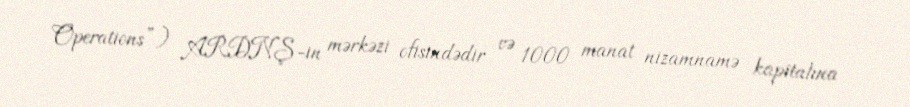
Operations”) ARDNŞ-in mərkəzi ofisindədir və 1000 manat nizamnamə kapitalına